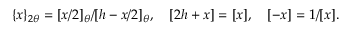
\{ x \} _ { 2 \theta } = [ x / 2 ] _ { \theta } / [ h - x / 2 ] _ { \theta } , ~ ~ ~ [ 2 h + x ] = [ x ] , ~ ~ ~ [ - x ] = 1 / [ x ] .